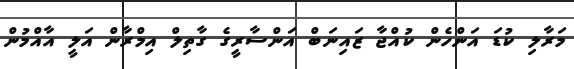
މަރާލި ކުޑަ އަންހެން ކުއްޖާ ޒައިނަބް އަންސާރީގެ ގާތިލް އިމްރާން އަލީ އާއްމުން